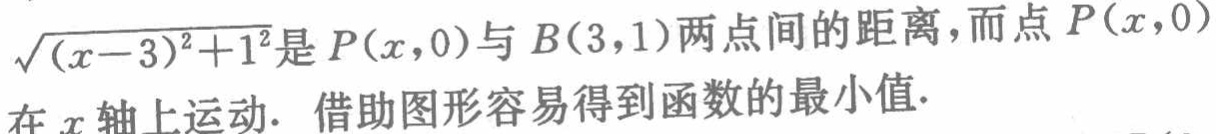
$\sqrt{(x - 3)^2 + 1^2}是P(x,0)与B(3,1)两点间的距离，而点P(x,0)在x轴上运动. 借助图形容易得到函数的最小值.$